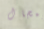
بمجال